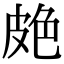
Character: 𦫗